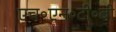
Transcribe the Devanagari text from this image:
एच॰एन॰टी॰बी